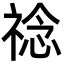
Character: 䄒